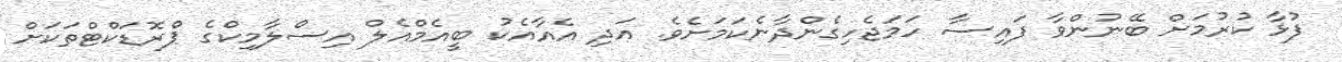
ފުޅާ ކުރުމަށް ބޭނުންވާ ފައިސާ ހަމަޖެހިގެންދާނެކަމަށެވެ. އަދި އެއާއެކު ބީއެމްއެލް އިސްލާމިކްގެ ޕްރޮޑަކްޓްތަކަށް